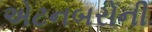
એટનબરોની